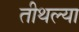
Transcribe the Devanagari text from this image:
तीथल्या